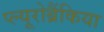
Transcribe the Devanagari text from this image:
प्ल्यूरोब्रैंकिया